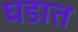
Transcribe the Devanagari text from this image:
घडात